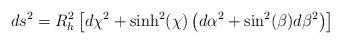
LaTeX: \begin{align*}ds^2=R_h^2 \left[d\chi^2 +\sinh^2(\chi)\left(d\alpha^2 + \sin^2(\beta)d\beta^2 \right)\right]\end{align*}